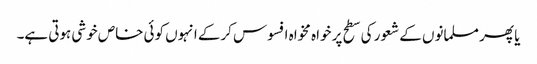
یا پھر مسلمانوں کے شعور کی سطح پر خواہ مخواہ افسوس کرکے انہوں کوئی خاص خوشی ہوتی ہے۔